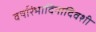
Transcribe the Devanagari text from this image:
वर्षारंभादिनादिवशी